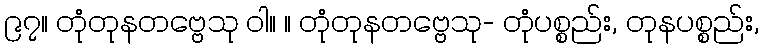
၉၇။ တုံတုနတဗ္ဗေသု ဝါ။ ။ တုံတုနတဗ္ဗေသု- တုံပစ္စည်း, တုနပစ္စည်း,